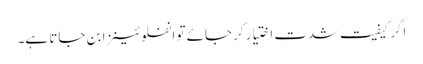
اگر کیفیت شدت اختیار کرجائے تو انفلوئینزا بن جاتا ہے۔